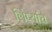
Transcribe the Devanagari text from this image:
लिप्यांचे